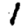
Digit: 1